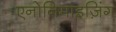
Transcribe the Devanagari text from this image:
एनोनिमाइज़िंग